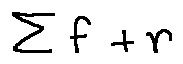
\sum f + r